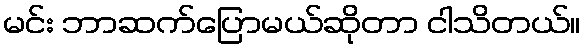
မင်း ဘာဆက်ပြောမယ်ဆိုတာ ငါသိတယ်။